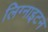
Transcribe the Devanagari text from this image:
लिग्नाइटन